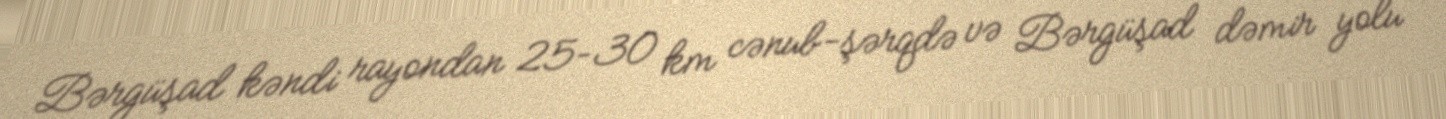
Bərgüşad kəndi rayondan 25–30 km cənub-şərqdə və Bərgüşad dəmir yolu